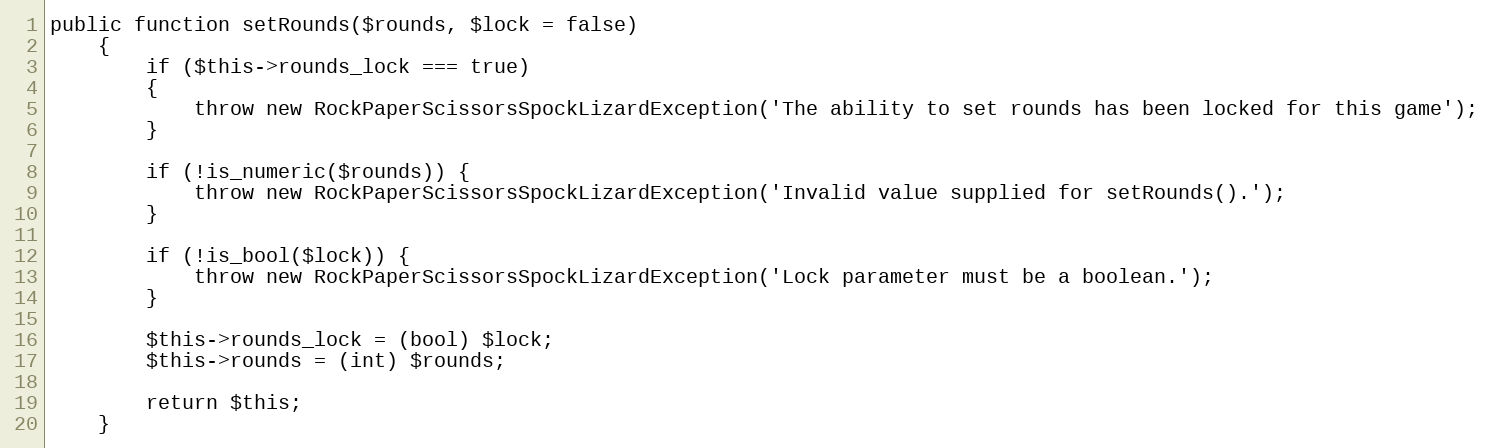
Language: PHP
public function setRounds($rounds, $lock = false)
    {
        if ($this->rounds_lock === true)
        {
            throw new RockPaperScissorsSpockLizardException('The ability to set rounds has been locked for this game');
        }

        if (!is_numeric($rounds)) {
            throw new RockPaperScissorsSpockLizardException('Invalid value supplied for setRounds().');
        }

        if (!is_bool($lock)) {
            throw new RockPaperScissorsSpockLizardException('Lock parameter must be a boolean.');
        }

        $this->rounds_lock = (bool) $lock;
        $this->rounds = (int) $rounds;

        return $this;
    }